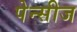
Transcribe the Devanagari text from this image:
पेन्सीज